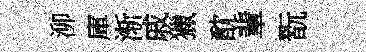
泖庫渐戚獵酖輩翫